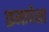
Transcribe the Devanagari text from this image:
क्रमापेक्षा